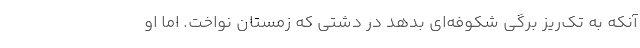
آنكه به تك‌ريزِ برگي شكوفه‌اي بدهد در دشتي كه زمستان نواخت. اما او